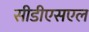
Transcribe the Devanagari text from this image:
सीडीएसएल